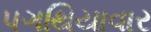
પગથિયાવાર